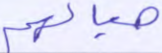
حبالهم